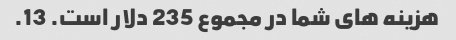
هزینه های شما در مجموع 235 دلار است. 13.